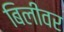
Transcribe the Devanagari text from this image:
बिलीवर